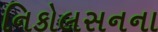
નિકોલસનના